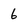
Character: 6